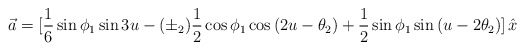
\begin{align*}\vec a= [{1\over 6}\sin{\phi_1}\sin{3u} -(\pm_2){1\over 2}\cos{\phi_1}\cos{(2u-\theta_2)} +{1\over 2}\sin{\phi_1}\sin{(u-2\theta_2)}]\,\hat x\end{align*}